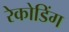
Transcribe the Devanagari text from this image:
रेकोडिंग